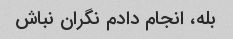
بله، انجام دادم نگران نباش